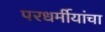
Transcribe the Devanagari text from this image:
परधर्मीयांचा